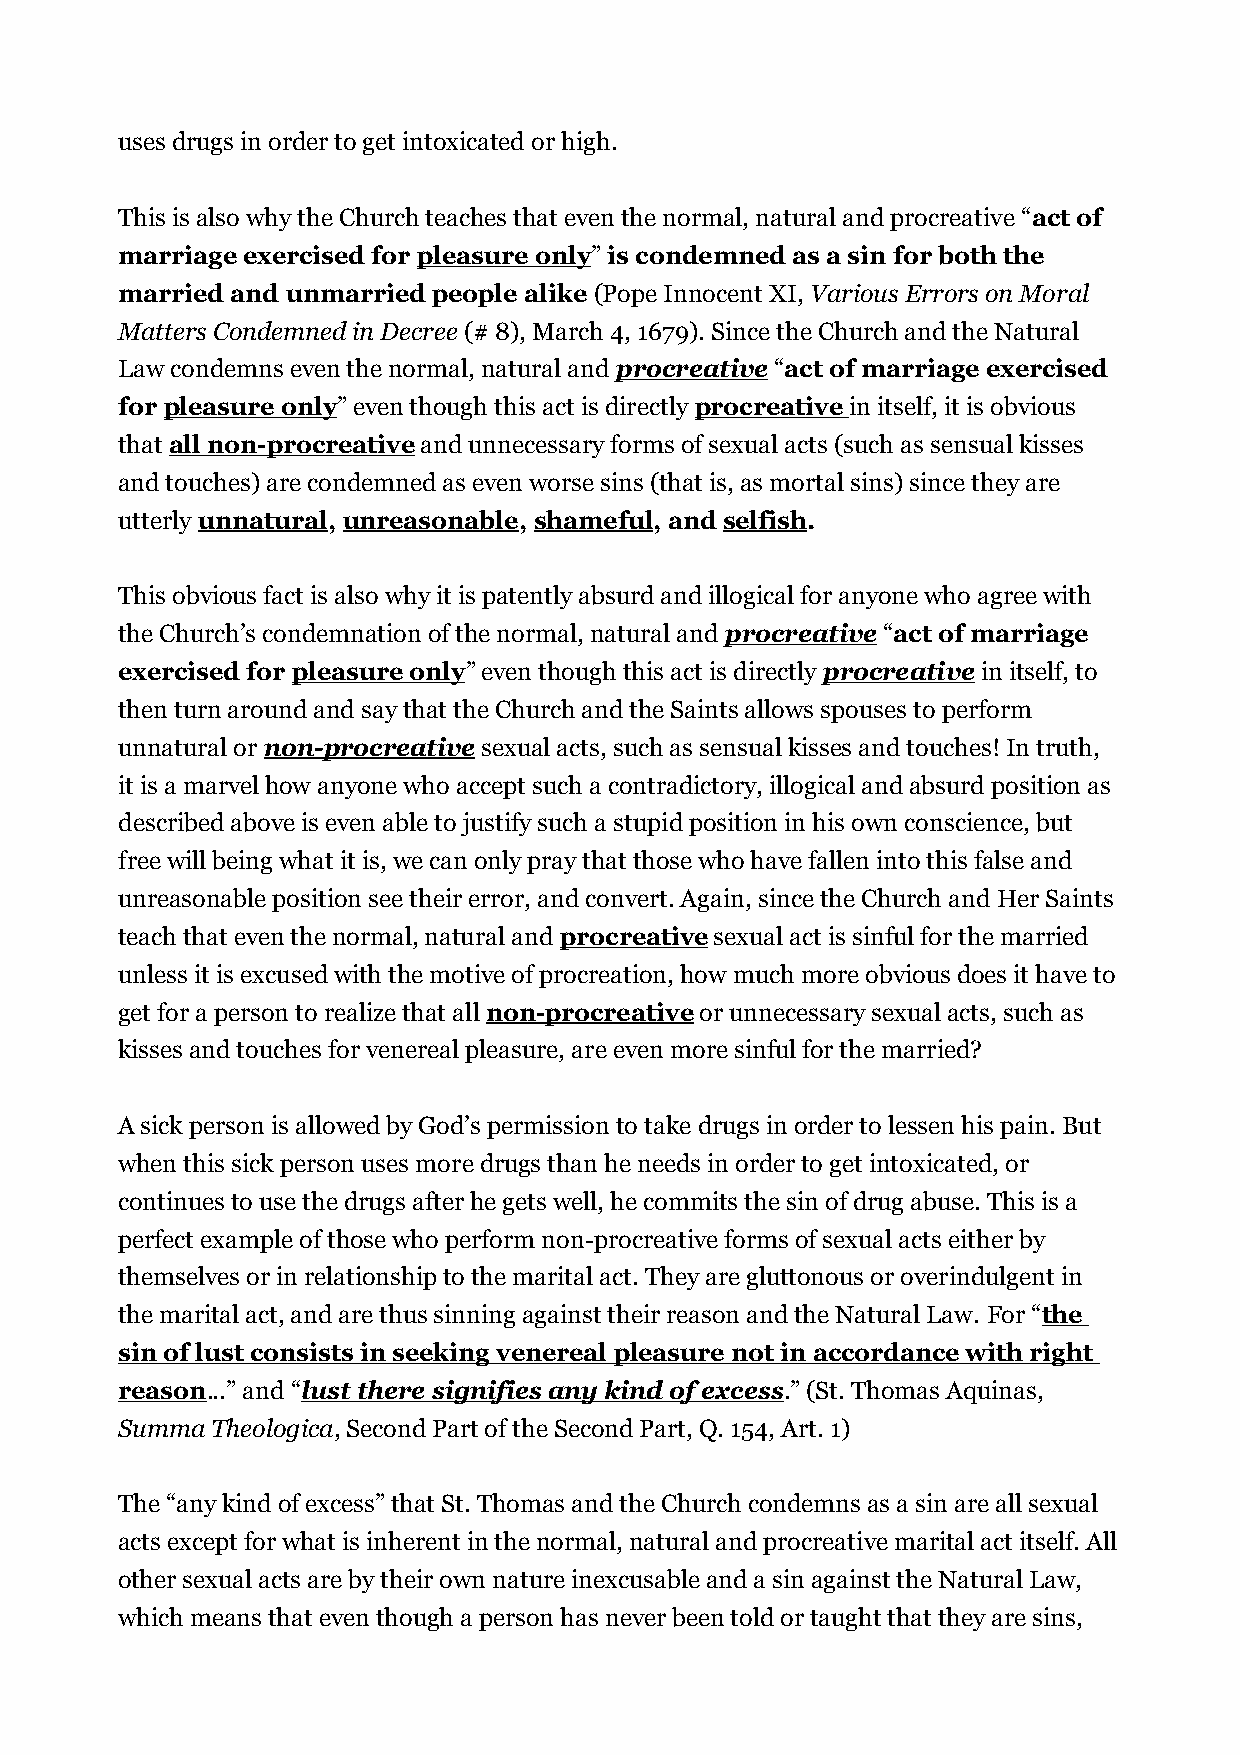
uses drugs in order to get intoxicated or high.
 This is also why the Church teaches that even the normal, natural and procreative “act of
 marriage exercised for pleasure only” is condemned as a sin for both the
 married and unmarried people alike (Pope Innocent XI, Various Errors on Moral
 Matters Condemned in Decree (# 8), March 4, 1679). Since the Church and the Natural
 Law condemns even the normal, natural and procreative “act of marriage exercised
 for pleasure only” even though this act is directly procreative in itself, it is obvious
 that all non-procreative and unnecessary forms of sexual acts (such as sensual kisses
 and touches) are condemned as even worse sins (that is, as mortal sins) since they are
 utterly unnatural, unreasonable, shameful, and selfish.
 This obvious fact is also why it is patently absurd and illogical for anyone who agree with
 the Church’s condemnation of the normal, natural and procreative “act of marriage
 exercised for pleasure only” even though this act is directly procreative in itself, to
 then turn around and say that the Church and the Saints allows spouses to perform
 unnatural or non-procreative sexual acts, such as sensual kisses and touches! In truth,
 it is a marvel how anyone who accept such a contradictory, illogical and absurd position as
 described above is even able to justify such a stupid position in his own conscience, but
 free will being what it is, we can only pray that those who have fallen into this false and
 unreasonable position see their error, and convert. Again, since the Church and Her Saints
 teach that even the normal, natural and procreative sexual act is sinful for the married
 unless it is excused with the motive of procreation, how much more obvious does it have to
 get for a person to realize that all non-procreative or unnecessary sexual acts, such as
 kisses and touches for venereal pleasure, are even more sinful for the married?
 A sick person is allowed by God’s permission to take drugs in order to lessen his pain. But
 when this sick person uses more drugs than he needs in order to get intoxicated, or
 continues to use the drugs after he gets well, he commits the sin of drug abuse. This is a
 perfect example of those who perform non-procreative forms of sexual acts either by
 themselves or in relationship to the marital act. They are gluttonous or overindulgent in
 the marital act, and are thus sinning against their reason and the Natural Law. For “the
 sin of lust consists in seeking venereal pleasure not in accordance with right
 reason...” and “lust there signifies any kind of excess.” (St. Thomas Aquinas,
 Summa Theologica, Second Part of the Second Part, Q. 154, Art. 1)
 The “any kind of excess” that St. Thomas and the Church condemns as a sin are all sexual
 acts except for what is inherent in the normal, natural and procreative marital act itself. All
 other sexual acts are by their own nature inexcusable and a sin against the Natural Law,
 which means that even though a person has never been told or taught that they are sins,